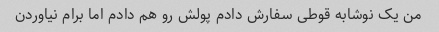
من یک نوشابه قوطی سفارش دادم پولش رو هم دادم اما برام نیاوردن